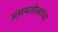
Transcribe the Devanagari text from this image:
असमतोलाचा